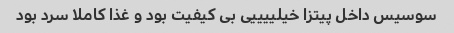
سوسیس داخل پیتزا خیلییییی بی کیفیت بود و غذا کاملا سرد بود